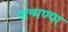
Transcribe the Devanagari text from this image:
जन्मण्या